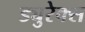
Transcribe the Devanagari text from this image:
ड्युरेक्स